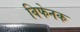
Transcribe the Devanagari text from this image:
विफेनक